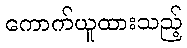
ကောက်ယူထားသည့်